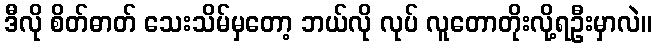
ဒီလို စိတ်ဓာတ် သေးသိမ်မှတော့ ဘယ်လို လုပ် လူတောတိုးလို့ရဦးမှာလဲ။